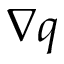
\nabla q